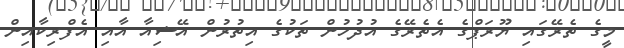
މީގެ ތެރޭގައި ޔޫރަޕްގެ އެތެރޭގެ އުދުހުން ތަކުގެ އިތުރުން އޭޝިއާ އާއި އެފްރިކާއިން